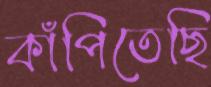
কাঁপিতেছি